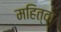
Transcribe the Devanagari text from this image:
महित्वा